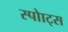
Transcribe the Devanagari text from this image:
स्पोाट्स